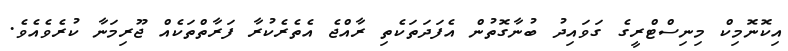
އިކޮނޮމިކް މިނިސްޓްރީގެ ގަވައިދު ބުނާގޮތުން އެފަދަތަކެތި ރާއްޖެ އެތެރެކުރާ ފަރާތްތަކެއް ޖޫރިމަނާ ކުރެވެއެވެ.